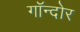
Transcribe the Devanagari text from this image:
गॉन्दोर